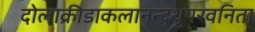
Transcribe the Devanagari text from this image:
दोलाक्रीडाकलानन्दथुपरवनिता